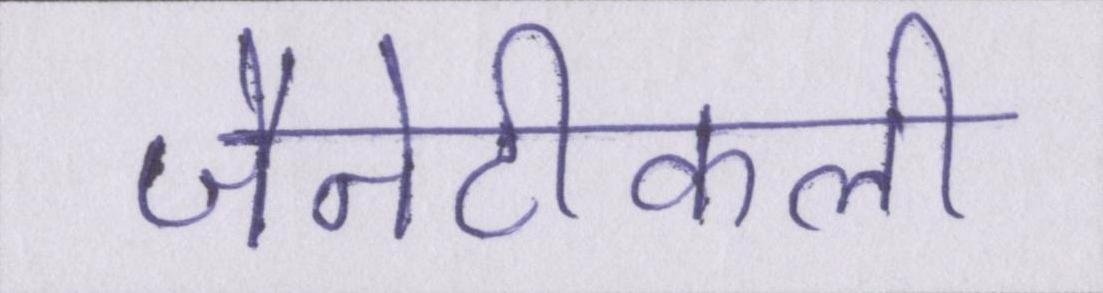
जैनेटीकली